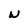
Character: w